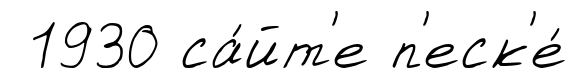
1930 са́йт'е п'еск'е́